Indian journal of veterinary science and animal husbandry - Volumes 26-27, 1956-1957
Year: 1956
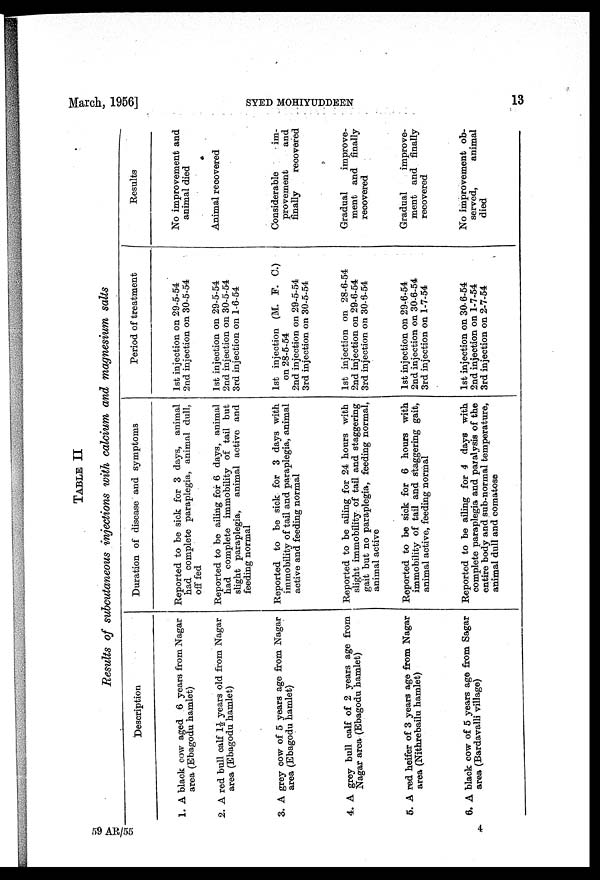
March, 1956]
SYED
MOHIYUDDEEN
13
TABLE II
Results of subcutaneous injections with calcium and magnesium salts
Description
1. A black cow aged 6 years from Nagar
area (Ebagodu hamlet)
2. A red bull calf 1½ years old from Nagar
area (Ebagodu hamlet)
3. A grey cow of 5 years age from Nagar
area (Ebagodu hamlet)
4. A grey bull calf of 2 years age from
Nagar area (Ebagodu hamlet)
5. A red heifer of 3 years age from Nagar
area (Nithrebailu hamlet)
6. A black cow of 5 years age from Sagar
area (Bardavalli village)
Duration of disease and symptoms
Reported to be sick for 3 days, animal
had complete paraplegia, animal dull,
off fed
Reported to be ailing for 6 days, animal
had complete immobility of tail but
slight paraplegia, animal active and
feeding normal
Reported to be sick for 3 days with
immobility of tail and paraplegia, animal
active and feeding normal
Reported to be ailing for 24 hours with
slight immobility of tail and staggering
gait but no paraplegia, feeding normal,
animal active
Reported to be sick for 6 hours with
immobility of tail and staggering gait,
animal active, feeding normal
Reported to be ailing for 4 days with
complete paraplegia and paralysis of the
entire body and sub-normal temperature,
animal dull and comatose
Period of treatment
1st injection on 29-5-54
2nd injection on 30-5-54
1st injection on 29-5-54
2nd injection on 30-5-54
3rd injection on 1-6-54
1st injection (M. F. C.)
on 28-5-54
2nd injection on 29-5-54
3rd injection on 30-5-54
1st injection on 28-6-54
2nd injection on 29-6-54
3rd injection on 30-6-54
1st injection on 29-6-54
2nd injection on 30-6-54
3rd injection on 1-7-54
1st injection on 30-6-54
2nd injection on 1-7-54
3rd injection on 2-7-54
Results
No improvement and
animal died
Animal recovered
Considerable
im-
provement
and
finally
recovered
Gradual
improve-
ment and finally
recovered
Gradual
improve-
ment and finally
recovered
No improvement ob-
served,
animal
died
59 AR/55